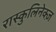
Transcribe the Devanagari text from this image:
रास्कुलिनेक्ज़